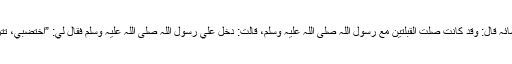
عن ابن ضمرة بن سعید عن جدتہ عن امرأة من نسائہ قال: وقد کانت صلت القبلتین مع رسول اللہ صلی اللہ علیہ وسلم، قالت: دخل علي رسول اللہ صلی اللہ علیہ وسلم فقال لي: ”اختضبي، تترک إحداکن الخضاب حتی تکون یدھا کید الرجل؟